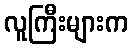
လူကြီးများက